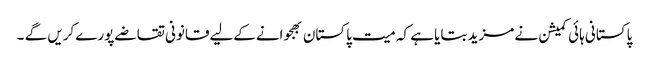
پاکستانی ہائی کمیشن نے مزید بتایا ہے کہ میت پاکستان بھجوانےکےلیےقانونی تقاضےپورےکریں گے ۔